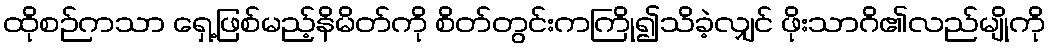
ထိုစဉ်ကသာ ရှေ့ဖြစ်မည့်နိမိတ်ကို စိတ်တွင်းကကြို၍သိခဲ့လျှင် ဖိုးသာဂိ၏လည်မျိုကို